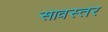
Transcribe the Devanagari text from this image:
सावस्तर